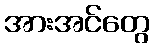
အားအင်တွေ